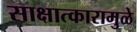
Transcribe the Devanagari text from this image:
साक्षात्कारामुळे